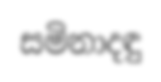
සමිනාදඳු